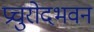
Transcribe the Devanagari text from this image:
प्रचुरोदभवन